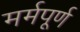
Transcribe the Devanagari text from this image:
मर्मपूर्ण